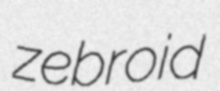
zebroid